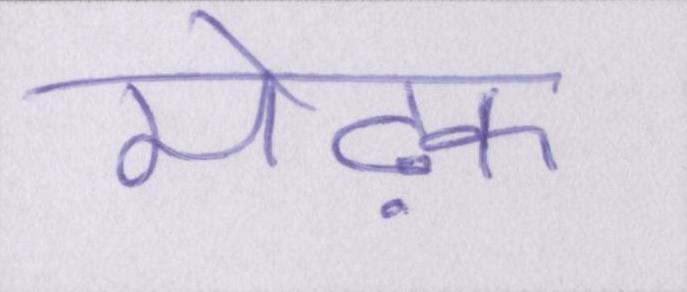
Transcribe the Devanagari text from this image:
मेढ़क